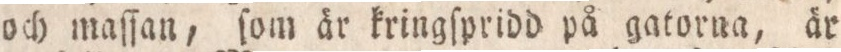
och maſſan, ſom är kringſpridd på gatorna, är